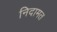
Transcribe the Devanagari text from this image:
निदामत